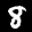
Label: 8